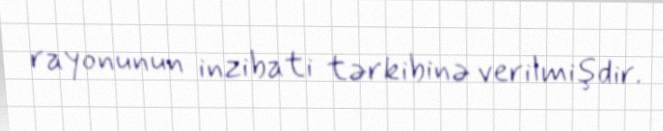
rayonunun inzibati tərkibinə verilmişdir.